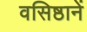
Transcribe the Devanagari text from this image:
वसिष्ठानें